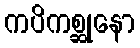
ကပိကစ္ဆုနော